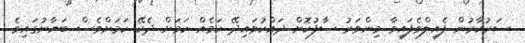
ސަރުކާރުން ފެއިލްވެފައިވާ މިންވަރު ސާފުކޮށް ދައްކުވައިދޭ ކަމެއް ކަމަށް ދެކޭ ކަމަށްވެސް ބަޔާނުގައިވެ